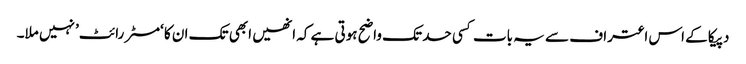
دپیکا کے اس اعتراف سے یہ بات کسی حد تک واضح ہوتی ہے کہ انھیں ابھی تک ان کا ‘مسٹر رائٹ’ نہیں ملا۔